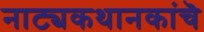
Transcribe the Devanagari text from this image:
नाट्यकथानकांचॆ